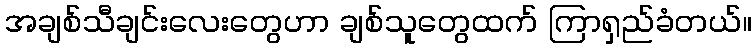
အချစ်သီချင်းလေးတွေဟာ ချစ်သူတွေထက် ကြာရှည်ခံတယ်။